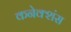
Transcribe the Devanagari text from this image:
कनेक्‍शंस